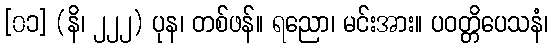
[၀၁] (နိ၊ ၂၂၂) ပုန၊ တစ်ဖန်။ ရညော၊ မင်းအား။ ပဝတ္တိပေသနံ၊